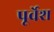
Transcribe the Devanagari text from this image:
पूर्वेश